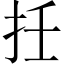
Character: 𢪭